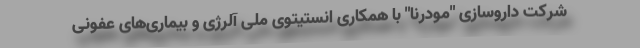
شرکت داروسازی "مودرنا" با همکاری انستیتوی ملی آلرژی و بیماری‌های عفونی